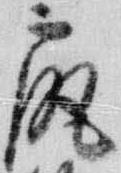
尻